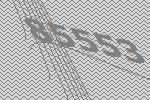
85553